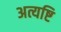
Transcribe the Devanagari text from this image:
अत्यष्टि